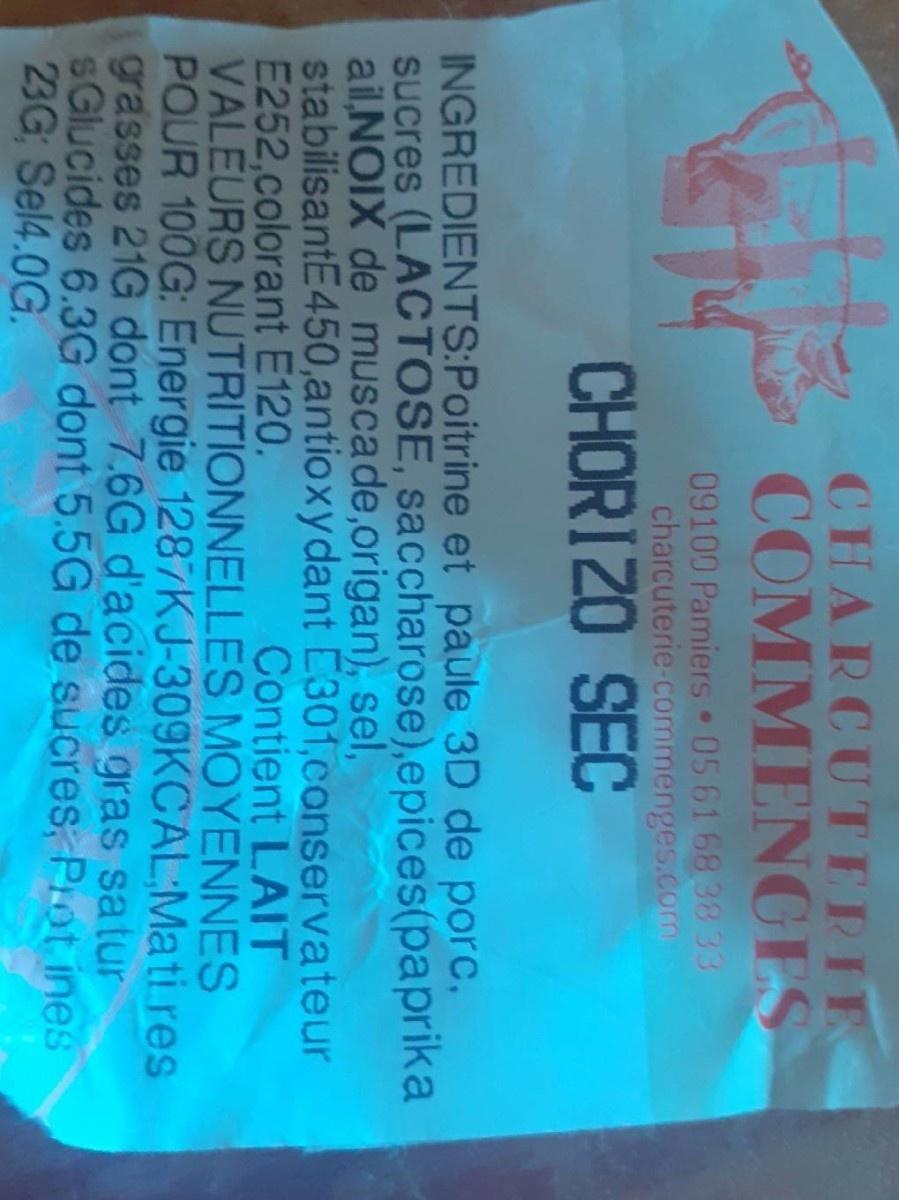
CHARCUTERIE
COMMENCES
09100 Pamiers 056168 3833 charcuterie-commenges.com
CHORIZO SEC
INGREDIENTS:Poitrine et paule 3D de porc, sucres (LACTOSE, saccharose),epices(paprika ail NOIX de muscade,origan), sel, stabilisantE450,antioxydant E301,conservateur E252,colorant E120. VALEURS NUTRITIONNELLES MOYENNES POUR 100G: Energie 1287KJ-309KCAL:Mati res grasses 21G dont 7.6G d'acides gras satur SGlucides 6.3G dont 5.5G de sucres, Prot ines 23G; Sel4.0G.
Contient LAIT